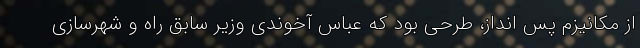
از مکانیزم پس انداز، طرحی بود که عباس آخوندی وزیر سابق راه و شهرسازی